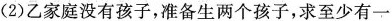
(2)乙家庭没有孩子,准备生两个孩子,求至少有一